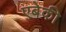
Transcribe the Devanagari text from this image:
एबेकी